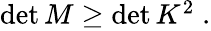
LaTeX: \begin{array}{r}{\operatorname*{det}M\geq\operatorname*{det}K^{2}\; .}\end{array}